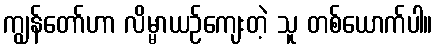
ကျွန်တော်ဟာ လိမ္မာယဉ်ကျေးတဲ့ သူ တစ်ယောက်ပါ။